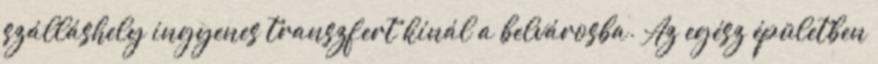
szálláshely ingyenes transzfert kínál a belvárosba. Az egész épületben